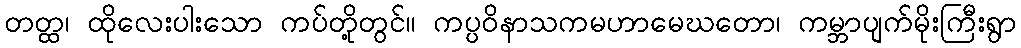
တတ္ထ၊ ထိုလေးပါးသော ကပ်တို့တွင်။ ကပ္ပဝိနာသကမဟာမေဃတော၊ ကမ္ဘာပျက်မိုးကြီးရွာ